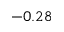
- 0 . 2 8